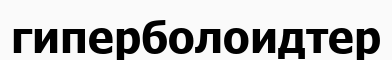
гиперболоидтер